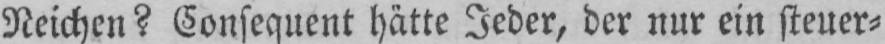
Neichen? Consequent hätte Jeder, der nur ein steuer⸗